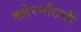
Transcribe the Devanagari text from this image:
क्लेरमोंटची